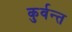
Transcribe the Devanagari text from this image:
कुर्वन्त